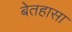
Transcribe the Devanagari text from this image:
बेतहासा